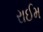
રાઈમ